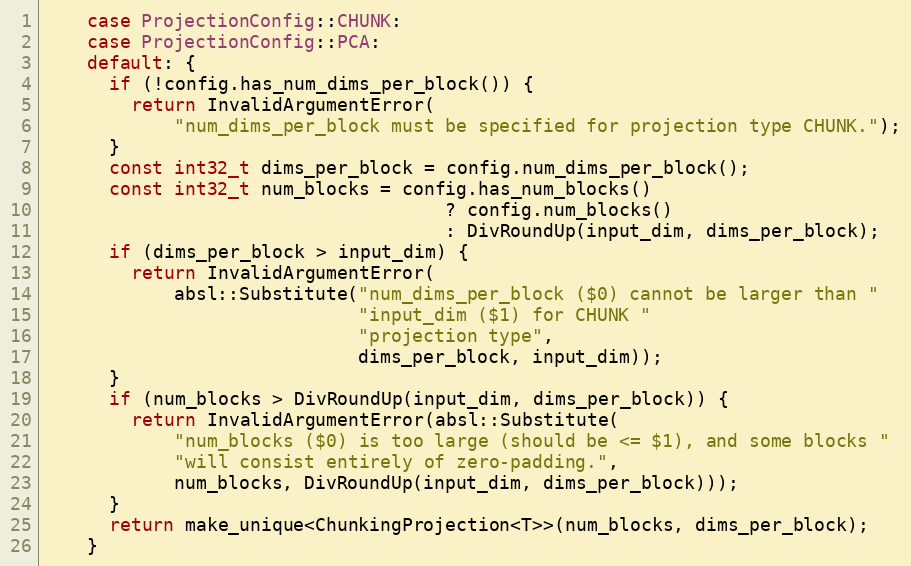
Language: C++
    case ProjectionConfig::CHUNK:
    case ProjectionConfig::PCA:
    default: {
      if (!config.has_num_dims_per_block()) {
        return InvalidArgumentError(
            "num_dims_per_block must be specified for projection type CHUNK.");
      }
      const int32_t dims_per_block = config.num_dims_per_block();
      const int32_t num_blocks = config.has_num_blocks()
                                     ? config.num_blocks()
                                     : DivRoundUp(input_dim, dims_per_block);
      if (dims_per_block > input_dim) {
        return InvalidArgumentError(
            absl::Substitute("num_dims_per_block ($0) cannot be larger than "
                             "input_dim ($1) for CHUNK "
                             "projection type",
                             dims_per_block, input_dim));
      }
      if (num_blocks > DivRoundUp(input_dim, dims_per_block)) {
        return InvalidArgumentError(absl::Substitute(
            "num_blocks ($0) is too large (should be <= $1), and some blocks "
            "will consist entirely of zero-padding.",
            num_blocks, DivRoundUp(input_dim, dims_per_block)));
      }
      return make_unique<ChunkingProjection<T>>(num_blocks, dims_per_block);
    }